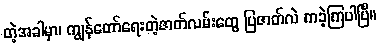
တဲ့အခါမှာ၊ ကျွန်တော်ရေးတဲ့ဇာတ်လမ်းတွေ ပြဇာတ်လဲ ကခဲ့ကြပါပြီ။